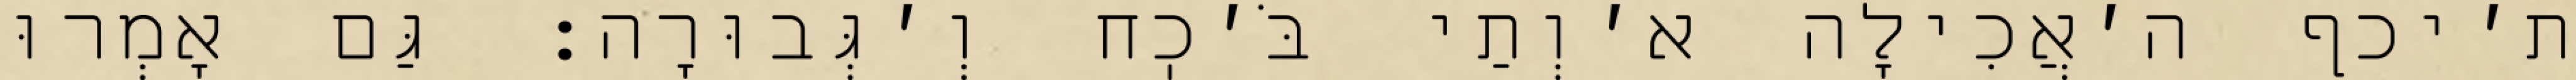
ת׳יכף ה׳אֲכִילָה א׳וְתַי בֹּ׳כֽח וְ׳גְּבוּרָה: גַּם אָמְרוּ